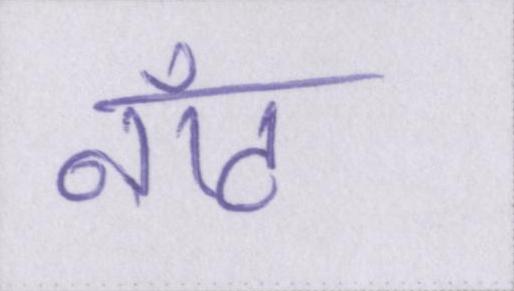
नॉट